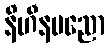
နိဟီနပညော